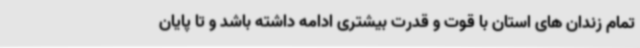
تمام زندان های استان با قوت و قدرت بیشتری ادامه داشته باشد و تا پایان